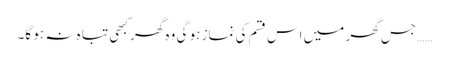
……جس گھر میں اس قسم کی نماز ہو گی وہ گھر کبھی تبا ہ نہ ہو گا۔